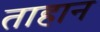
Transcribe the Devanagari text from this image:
ताहान